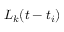
L _ { k } ( t - t _ { i } )